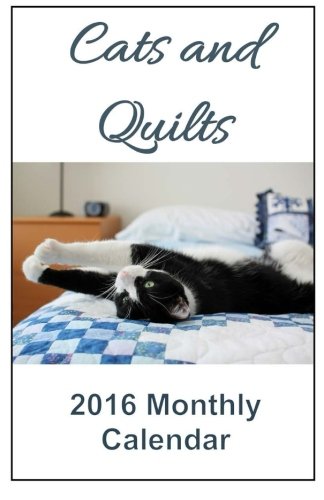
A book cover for Cats and Quilts 2016 Monthly Calendar (2016 Animal Calendars ) (Volume 4); Felicity Walker; Calendars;